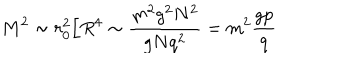
M ^ { 2 } \sim r _ { 0 } ^ { 2 } / R ^ { 4 } \sim \frac { m ^ { 2 } g ^ { 2 } N ^ { 2 } } { g N q ^ { 2 } } = m ^ { 2 } \frac { g p } { q }